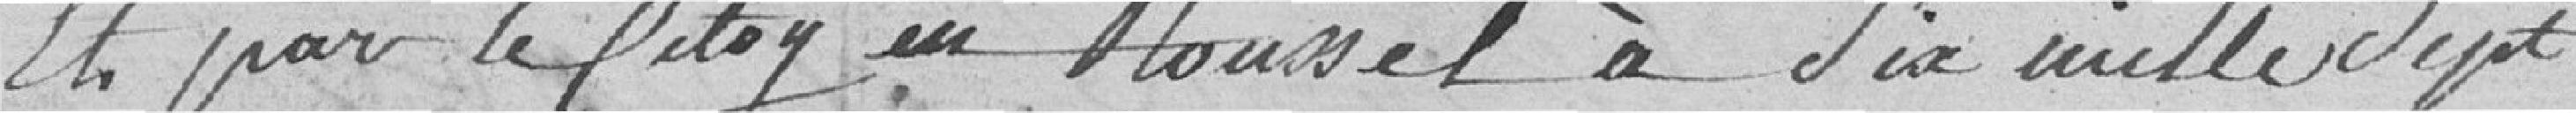
et par le citoyen Roussel à six mille sept